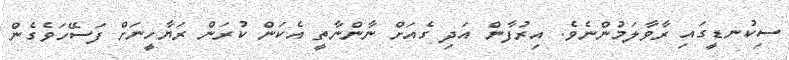
ސިކުނޑީގައި ރާވާލަމުންނެވެ. އިރުފާން އަދި ގެއަށް ނާންނާތީ އެކަން ކުރަން ރަޔާހީނަށް ފަސޭހަވެގެން